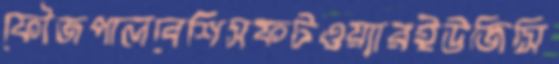
ফৌজপালবেশিসফটওয়্যারইউজিসি